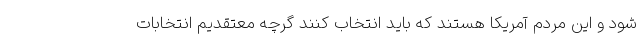
شود و این مردم آمریکا هستند که باید انتخاب کنند گرچه معتقدیم انتخابات‌